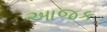
આજક